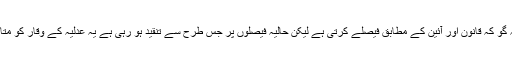
بعض مبصرین کے خیال میں عدلیہ گو کہ قانون اور آئین کے مطابق فیصلے کرتی ہے لیکن حالیہ فیصلوں پر جس طرح سے تنقید ہو رہی ہے یہ عدلیہ کے وقار کو متاثر کرنے کا سبب بھی بن رہی ہے۔